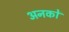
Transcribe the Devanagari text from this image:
अनकों